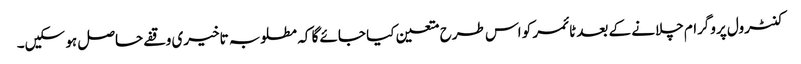
کنٹرول پروگرام چلانے کے بعد ٹائمر کو اس طرح متعین کیا جائے گا کہ مطلوبہ تاخیری وقفے حاصل ہو سکیں۔